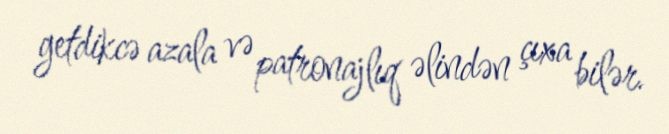
getdikcə azala və patronajlıq əlindən çıxa bilər.